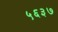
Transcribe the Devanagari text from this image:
५६३७